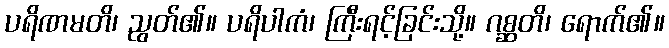
ပရိဏမတိ၊ ညွတ်၏။ ပရိပါကံ၊ ကြီးရင့်ခြင်းသို့။ ဂစ္ဆတိ၊ ရောက်၏။